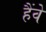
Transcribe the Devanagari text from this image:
हैंवे